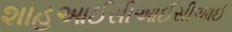
શાહઆઈસીઆઈસીઆઈ